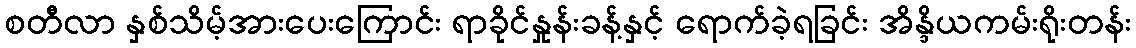
စတီလာ နှစ်သိမ့်အားပေးကြောင်း ရာခိုင်နှုန်းခန့်နှင့် ရောက်ခဲ့ရခြင်း အိန္ဒိယကမ်းရိုးတန်း